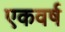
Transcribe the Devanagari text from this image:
एकवर्ष